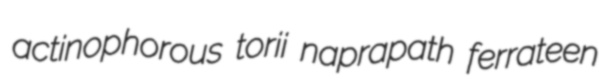
actinophorous torii naprapath ferrateen